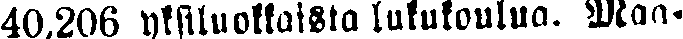
40,206 yksiluokkaista lukukoulua. Maa-